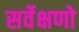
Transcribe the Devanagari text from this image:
सर्वेक्षणो